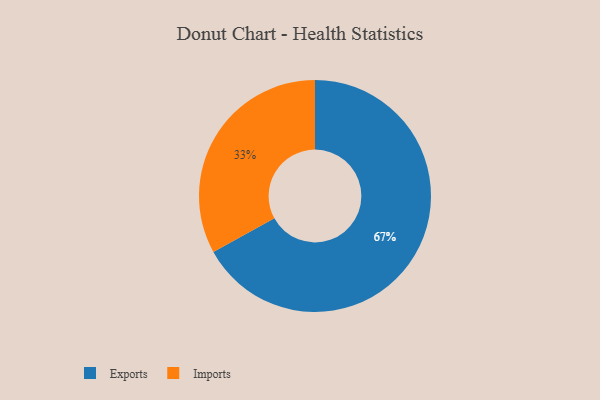
{"axis": {"x": "Category", "y": "Percentage"}, "legend": ["Exports", "Imports"], "data": [{"x": "Imports", "y": 33, "type": "Imports"}, {"x": "Exports", "y": 67, "type": "Exports"}]}